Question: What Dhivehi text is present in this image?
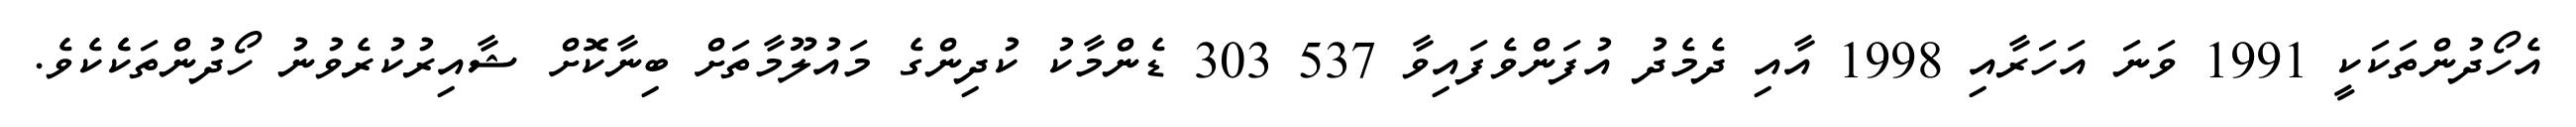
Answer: އެހޯދުންތަކަކީ 1991 ވަނަ އަހަރާއި 1998 އާއި ދެމެދު އުފަންވެފައިވާ 537 303 ޑެންމާކު ކުދިންގެ މައުލޫމާތަށް ބިނާކޮށް ޝާއިރުކުރެވުނު ހޯދުންތަކެެކެވެ.